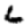
Digit: 6